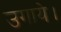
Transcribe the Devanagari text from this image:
उगाये।